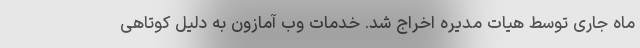
ماه جاری توسط هیات مدیره اخراج شد. خدمات وب آمازون به دلیل کوتاهی